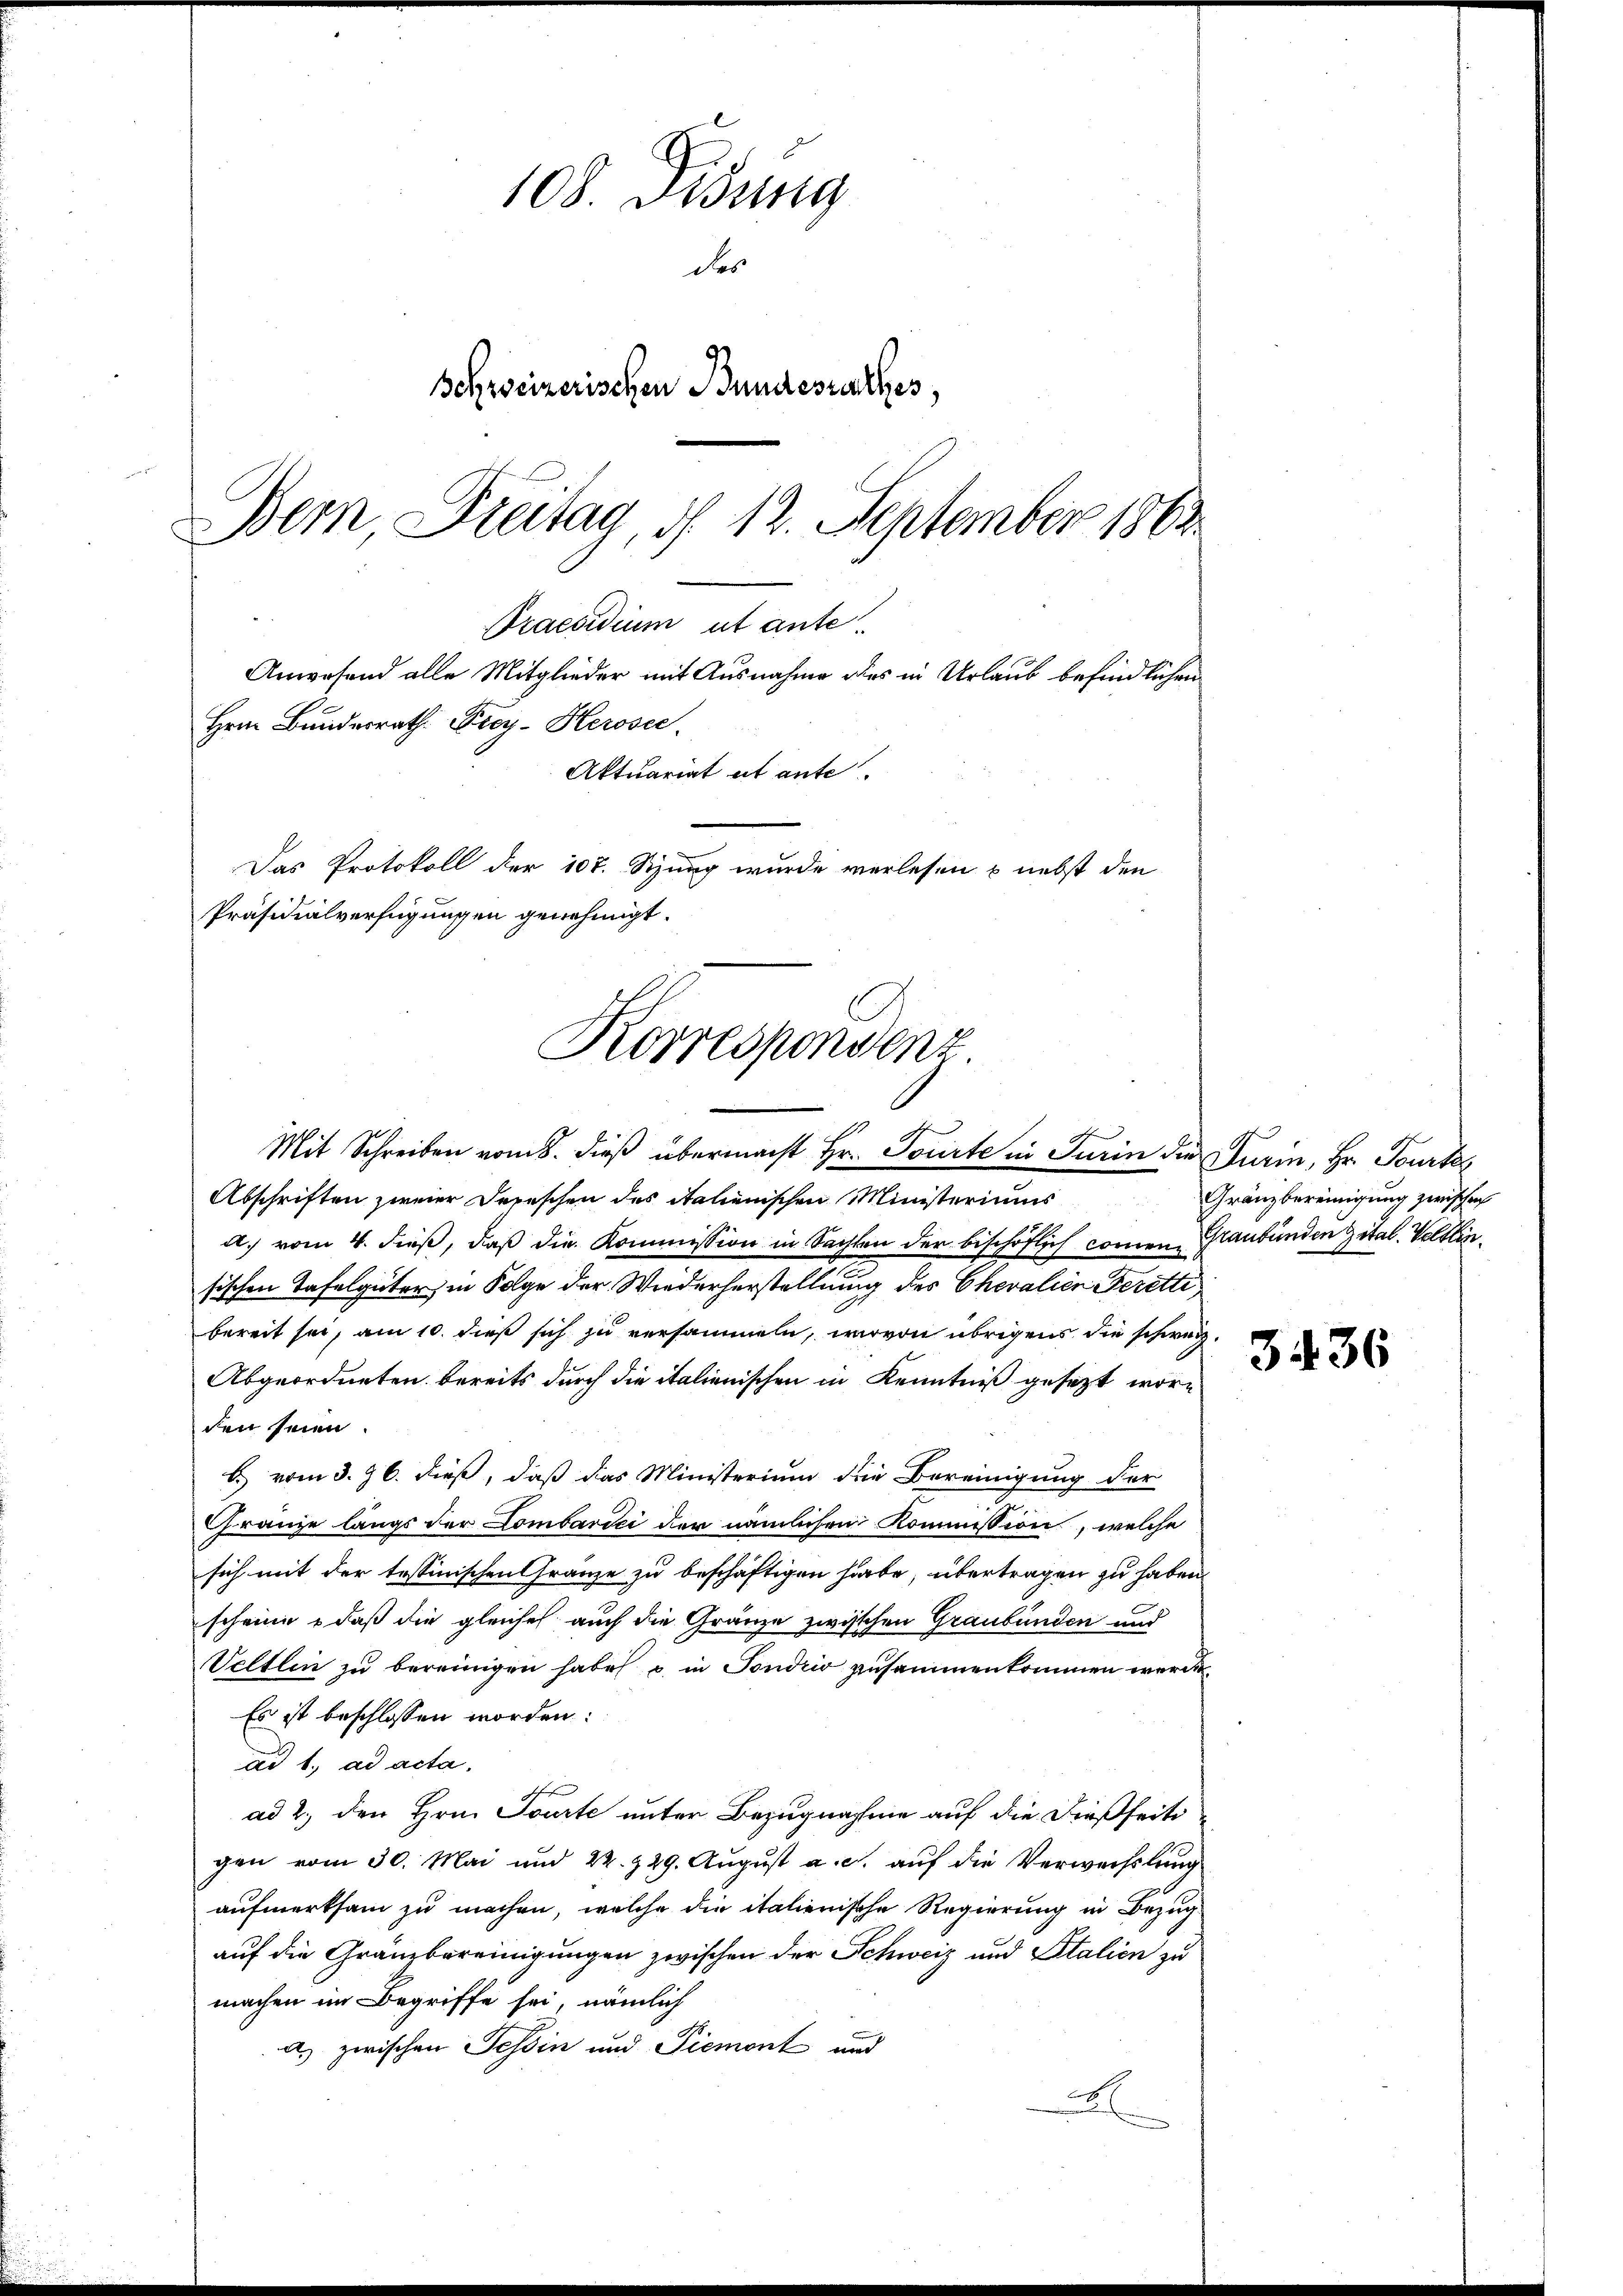
108. Sedung
des
Schweizerischen Bundesrathes,
Bern Dreitag, d. 12. September 1862

Hrn. Bundesrath. Frey-Herose.
Präsidialverfügungen genehmigt.
Korrespondenz.
Mit Schreiben vom 8. dieß übermacht Hr. Torirte in Turin die Turin, Hr. Tourks

Praesidium ut ante
Anwesend alle Mitglieder mit Ausnahme des in Urlaub befindlichen
Aktuariat et ante
Das Protokoll der 107. Szung wurde verlesen & nebst den

Abschriften zweier Depeschen des italienischen Ministeriums
A. vom 4. dieß, daß die Kommission in Sachten der bischöflich commen, Graubünden ital. Veltlinsischen Tafelgüter, in Folge der Wiederherstellung des Chevalien Perette,
bereit sei, am 10. dieß sich zu versammeln, worvon übrigens die schweiz.
Abgeordneten bereits durch die italienischen in Kenntniß gesezt worden seien.
b. vom 3. 96. dieß, daß das Ministerium die Bereinigung der
ränze längs der Combardi der nämlichen Kommission, welche
sich mit der tessinischen Granze zu beschäftigen habe, übertragen zu haben.
scheine , daß die gleiche auch die Gränze zwischen Graubünden und
Veltlin zu bereinigen habe u. in Sondrio zusammenkommen werde.
Es ist beschlossen worden:
ad 1. ad acta.
ad 2., den Hrn. Tourte unter Bezugnahme auf die dießseiti
gen vom 30. Mai und 22. 229. August a. c. auf die Verwechslung
aufmerksam zu machen, welche die italienische Regierung in Bezugauf die Gränzbereinigungen zwischen der Schweiz und Stalien zu
machen im Begriffe sei, nämlich
als zwischen Tessin und Piemont und

Gränzbereinigung zwischen

3436